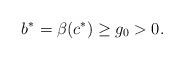
LaTeX: \begin{align*} b^*=\beta(c^*)\geq g_0>0.\end{align*}